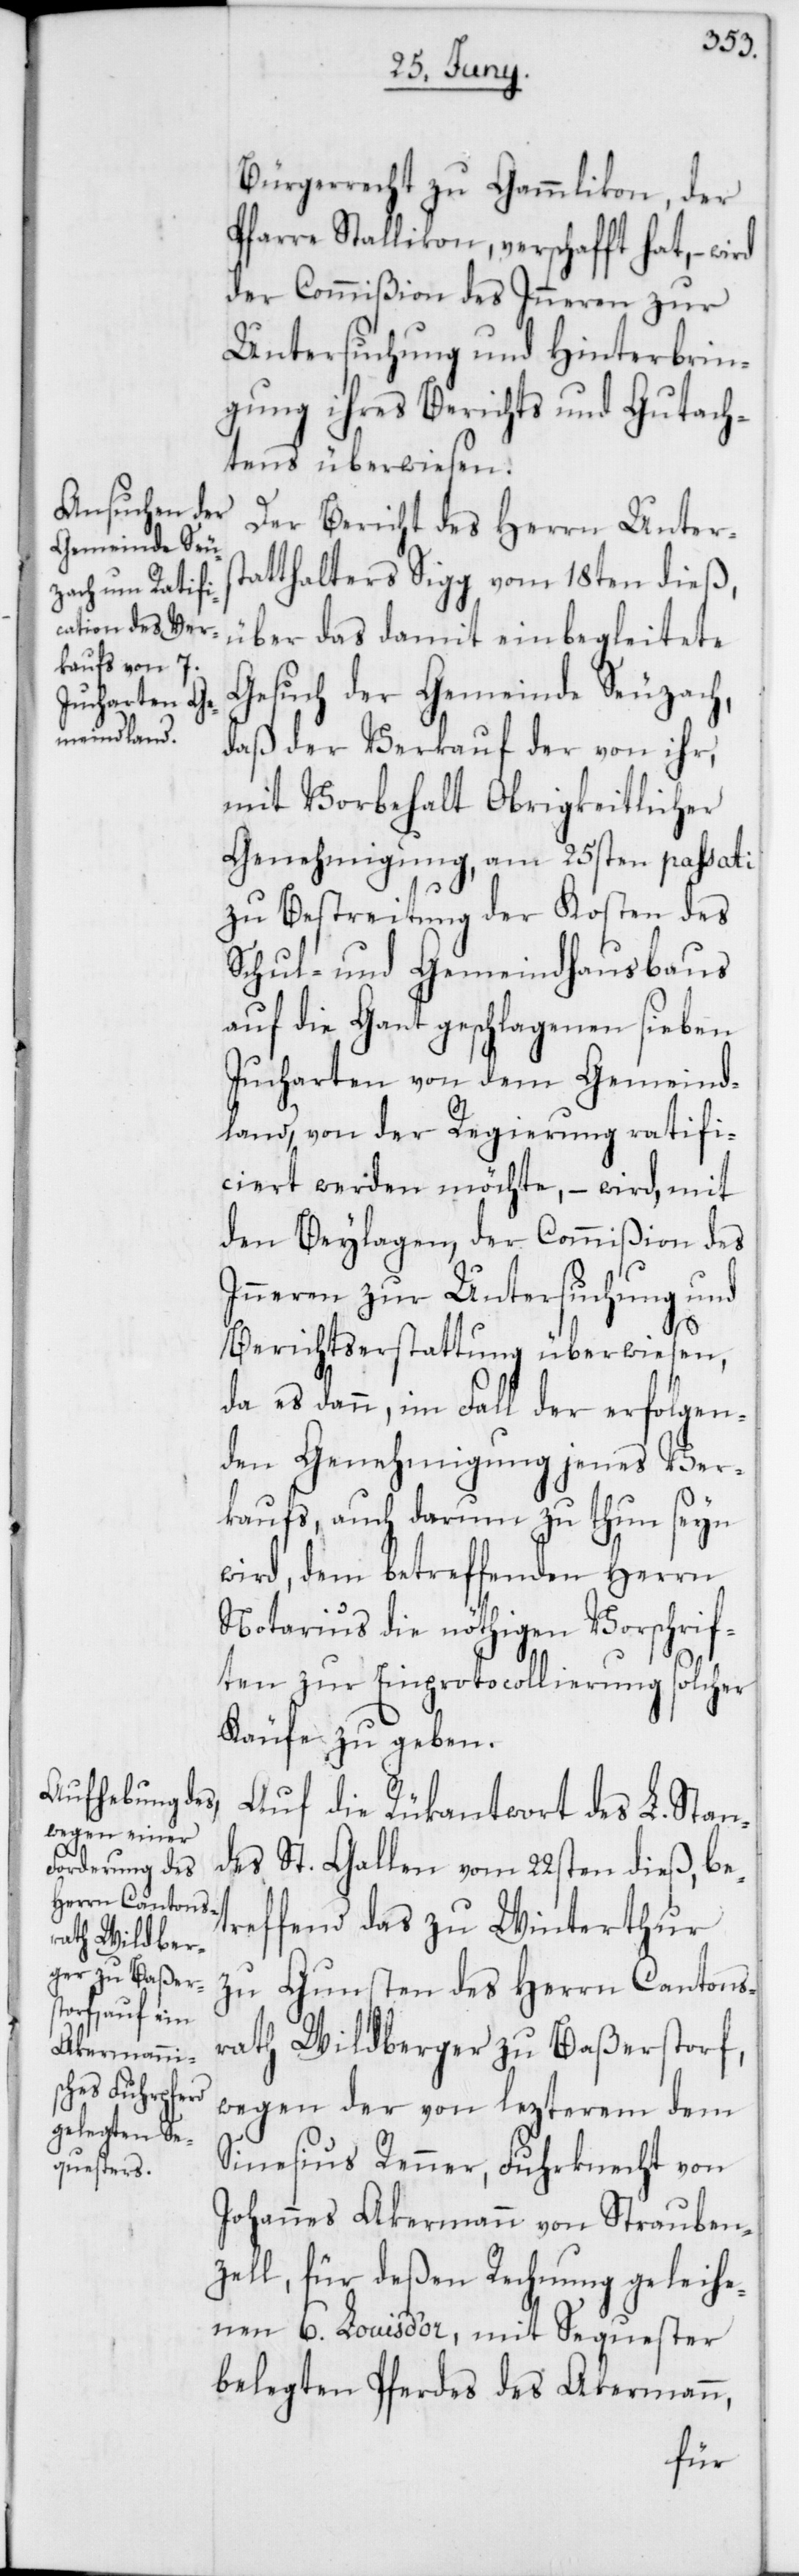
Bürgerrecht zu Gammlikon, der
Pfarre Stallikon, verschafft hat, –
der Commißion des Inneren zur
Untersuchung und Hinterbrin¬
gung ihres Berichts und Gutach¬
tens überwiesen.
Der Bericht des Herrn Unters¬
tatthalters Sigg vom 18ten dieß,
über das damit einbegleitete
Gesuch der Gemeinde Seuzach,
daß der Verkauf der von ihr,
mit Vorbehalt Obrigkeitlicher
Genehmigung, am 25sten passati
zu Bestreitung der Kosten des
Schul- und Gemeindhausbaus
auf die Gant geschlagenen sieben
Jucharten von dem Gemeind¬
land, von der Regierung ratifi¬
ciert werden möchte, – wird, mit
den Beylagen, der Commißion des
Inneren zur Untersuchung und
Berichtserstattung überwiesen,
da es dann, im Fall der erfolgen¬
den Genehmigung jenes Ver¬
kaufs, auch darum zu thun seyn
wird, dem betreffenden Herrn
Notarius die nöthigen Vorschrif¬
ten zur Einprotocollierung solcher
Käufe zu geben.
Auf die Rükantwort des L. Stan¬
des St. Gallen vom 22sten dieß, be¬
treffend das zu Winterthur
zu Gunsten des Herrn Cantons¬
rath Wildberger zu Baßerstorf,
wegen der von lezterem dem
Sinesius Renner, Fuhrknecht von
Johannes Akermann von Strauben¬
zell, für deßen Rechnung geleihe¬
nen 6. Louis d’or, mit Sequester
belegten Pferdes des Akermann,